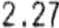
2.27